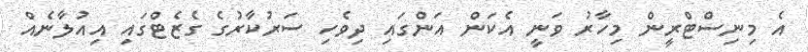
އެ މިނިސްޓްރީން މިހާރު ވަނީ އެކަން އަންގައި ދިވެހި ސަރުކާރުގެ ގެޒެޓްގައި އިއުލާނެއް